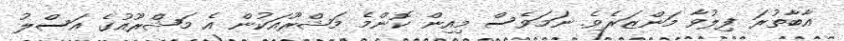
އާބާތުރަ ފިލުވާ މަންޒަރެވެ. ނަމަވެސް މިއިން ކޮންމެ މަޝްރޫއަކުން އެ މަޝްރޫއުގެ އަސްލު